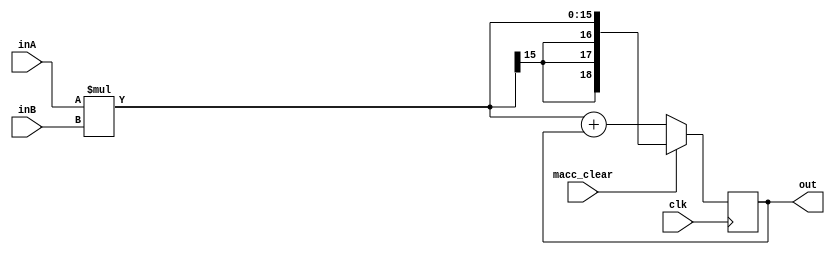
// Bradley Manzo
// 916953788
// June 6, 2022
// Prof Hussain Al-Asaad

module MAC(

	input signed [7:0] inA,
	input signed [7:0] inB,
	input clk,
	input macc_clear,
	
	output reg signed [18:0] out
	
);

//=======================================================
//  Structural coding
//=======================================================
reg signed [18:0] out_c;

always @(posedge clk) begin
		out <= out_c;
end

always @(*) begin
	if(macc_clear == 0) begin
		out_c <= (inA * inB) + out;
	end
	else
		out_c <= inA * inB;
end
endmodule